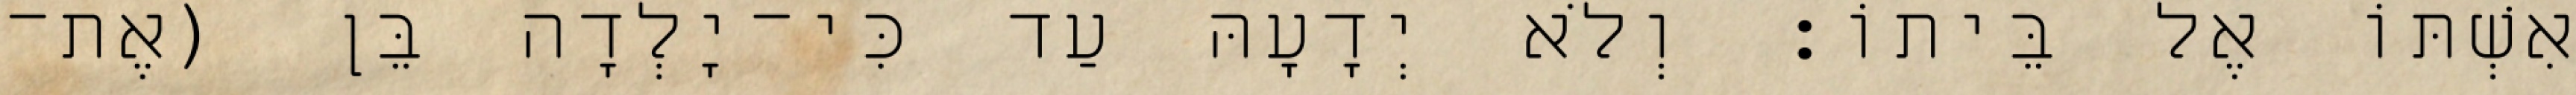
אִשְׁתּוֹ אֶל בֵּיתוֹ׃ וְלֹא יְדָעָהּ עַד כִּי־יָלְדָה בֵּן (אֶת־